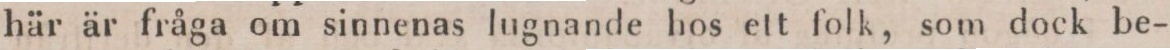
här är fråga om sinnenas lugnande hos ett folk, som dock be-